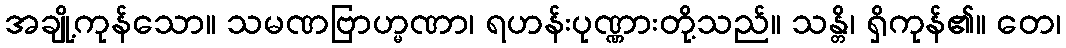
အချို့ကုန်သော။ သမဏဗြာဟ္မဏာ၊ ရဟန်းပုဏ္ဏားတို့သည်။ သန္တိ၊ ရှိကုန်၏။ တေ၊